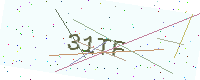
Text: 31TF